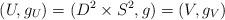
LaTeX: \begin{align*}(U, g_U) = (D^2\times S^2, g) = (V, g_V)\end{align*}